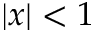
| x | < 1